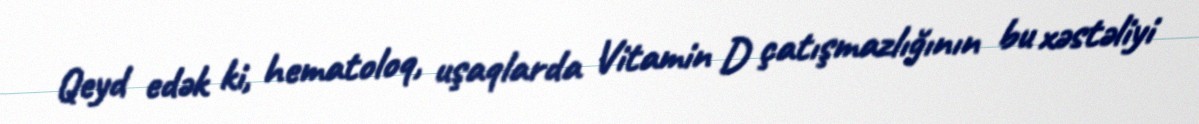
Qeyd edək ki, hematoloq, uşaqlarda Vitamin D çatışmazlığının bu xəstəliyi